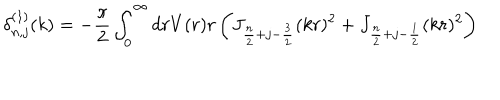
LaTeX: \delta _ { n , j } ^ { ( 1 ) } ( k ) = - \frac { \pi } { 2 } \int _ { 0 } ^ { \infty } d r V ( r ) r \left( J _ { \frac { n } { 2 } + j - \frac { 3 } { 2 } } ( k r ) ^ { 2 } + J _ { \frac { n } { 2 } + j - \frac { 1 } { 2 } } ( k r ) ^ { 2 } \right)